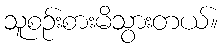
သူစဉ်းစားမိသွားတယ်။